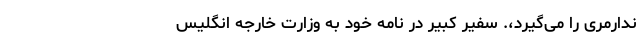
ندارمری را می‌گیرد،. سفیر کبیر در نامه خود به وزارت خارجه انگلیس